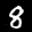
Label: 8